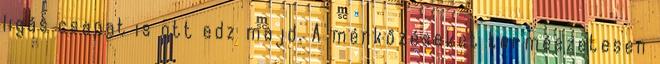
ligás csapat is ott edz majd. A mérkőzéseket természetesen